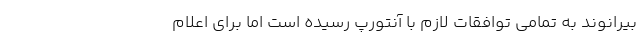
بیرانوند به تمامی توافقات لازم با آنتورپ رسیده است اما برای اعلام